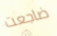
ضاجعت